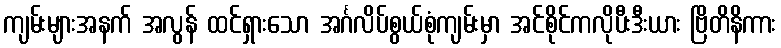
ကျမ်းများအနက် အလွန် ထင်ရှားသော အင်္ဂလိပ်စွယ်စုံကျမ်းမှာ အင်စိုင်ကလိုပီးဒီးယား ဗြိတိနိကား